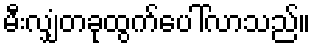
မီးလျှံတခုထွက်ပေါ်လာသည်။